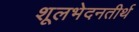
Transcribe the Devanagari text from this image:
शूलभेदनतीर्थ